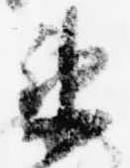
衛